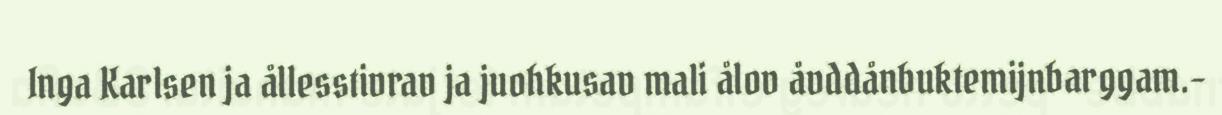
Inga Karlsen ja ållesstivrav ja juohkusav mali ålov åvddånbuktemijnbarggam.-